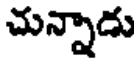
చున్నాడు